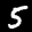
Label: 5